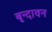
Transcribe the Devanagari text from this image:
बृन्दावन